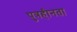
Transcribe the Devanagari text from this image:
पुत्रहीनता